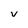
Character: v